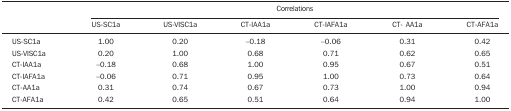
<table><thead><tr><td><b> </b></td><td colspan="6"><b>Correlations</b></td></tr><tr><td><b> </b></td><td><b>US-SC1a</b></td><td><b>US-VISC1a</b></td><td><b>CT-IAA1a</b></td><td><b>CT-IAFA1a</b></td><td><b>CT- AA1a</b></td><td><b>CT-AFA1a</b></td></tr></thead><tbody><tr><td>US-SC1a</td><td>1.00</td><td>0.20</td><td>-0.18</td><td>-0.06</td><td>0.31</td><td>0.42</td></tr><tr><td>US-VISC1a</td><td>0.20</td><td>1.00</td><td>0.68</td><td>0.71</td><td>0.62</td><td>0.65</td></tr><tr><td>CT-IAA1a</td><td>-0.18</td><td>0.68</td><td>1.00</td><td>0.95</td><td>0.67</td><td>0.51</td></tr><tr><td>CT-IAFA1a</td><td>-0.06</td><td>0.71</td><td>0.95</td><td>1.00</td><td>0.73</td><td>0.64</td></tr><tr><td>CT-AA1a</td><td>0.31</td><td>0.74</td><td>0.67</td><td>0.73</td><td>1.00</td><td>0.94</td></tr><tr><td>CT-AFA1a</td><td>0.42</td><td>0.65</td><td>0.51</td><td>0.64</td><td>0.94</td><td>1.00</td></tr></tbody></table>